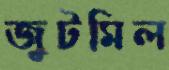
জুটমিল